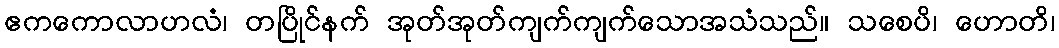
ဧကကောလာဟလံ၊ တပြိုင်နက် အုတ်အုတ်ကျက်ကျက်သောအသံသည်။ သစေပိ၊ ဟောတိ၊